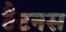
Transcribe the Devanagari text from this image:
टैटनस